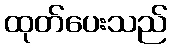
ထုတ်ပေးသည်